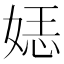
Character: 𮱈